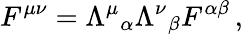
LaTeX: F^{\mu\nu}={\Lambda^{\mu}}_{\alpha}{\Lambda^{\nu}}_{\beta}F^{\alpha\beta}\, ,